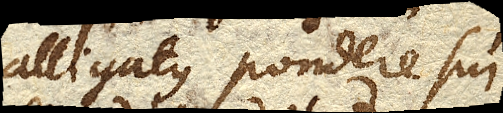
alligatus pondere sui